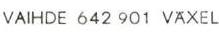
VAIHDE 642 901 VÄXEL